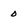
Character: 0